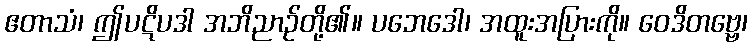
ဧတာသံ၊ ဤပဋိပဒါ အဘိညာဉ်တို့၏။ ပဘေဒေါ၊ အထူးအပြားကို။ ဝေဒိတဗ္ဗေ၊